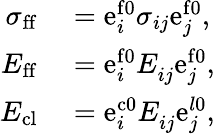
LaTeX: \begin{array}{rl}{\sigma_{\mathrm{ff}}}&{{}=\mathrm{e}_{i}^{\mathrm{f0}}\sigma_{ij}\mathrm{e}_{j}^{\mathrm{f0}},}\\ {E_{\mathrm{ff}}}&{{}=\mathrm{e}_{i}^{\mathrm{f0}}E_{ij}^{\phantom{}}\mathrm{e}_{j}^{\mathrm{f0}},}\\ {E_{\mathrm{cl}}}&{{}=\mathrm{e}_{i}^{\mathrm{c0}}E_{ij}^{\phantom{}}\mathrm{e}_{j}^{l\mathrm{0}},}\end{array}